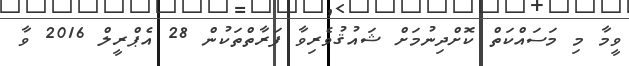
ވީމާ މި މަސައްކަތް ކޮށްދިނުމަށް ޝައުޤުވެރިވާ ފަރާތްތަކުން 28 އެޕްރީލް 2016 ވާ